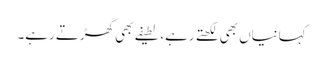
کہانیاں بھی لکھتے رہے، لطیفے بھی گھڑتے رہے۔